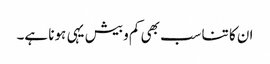
ان کا تناسب بھی کم و بیش یہی ہونا ہے۔